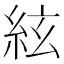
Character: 絃